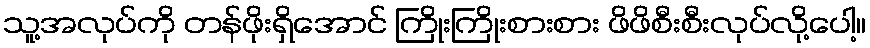
သူ့အလုပ်ကို တန်ဖိုးရှိအောင် ကြိုးကြိုးစားစား ဖိဖိစီးစီးလုပ်လို့ပေါ့။